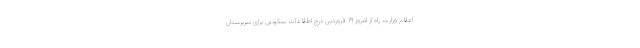
اعلام وزارت راه از امروز ۱۹ فروردین درج اطلاعات سکونتی برای سرپرستان